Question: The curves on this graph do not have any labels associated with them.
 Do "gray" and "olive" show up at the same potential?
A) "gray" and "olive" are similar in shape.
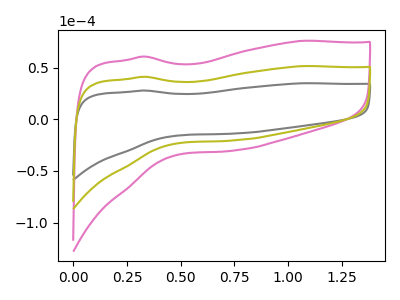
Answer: <think>The gray curve "gray" has no peaks. The pink curve "pink" has no peaks. The olive curve "olive" has no peaks.
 Neither "gray" or "olive" have any peaks.</think>
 <answer>A) "gray" and "olive" are similar in shape.</answer>
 <eval>A</eval>